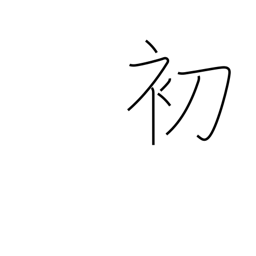
Meaning: beginning